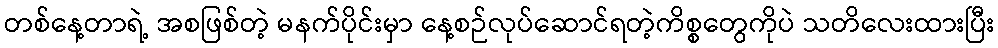
တစ်နေ့တာရဲ့ အစဖြစ်တဲ့ မနက်ပိုင်းမှာ နေ့စဉ်လုပ်ဆောင်ရတဲ့ကိစ္စတွေကိုပဲ သတိလေးထားပြီး